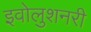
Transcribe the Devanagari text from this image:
इवोलुशनरी